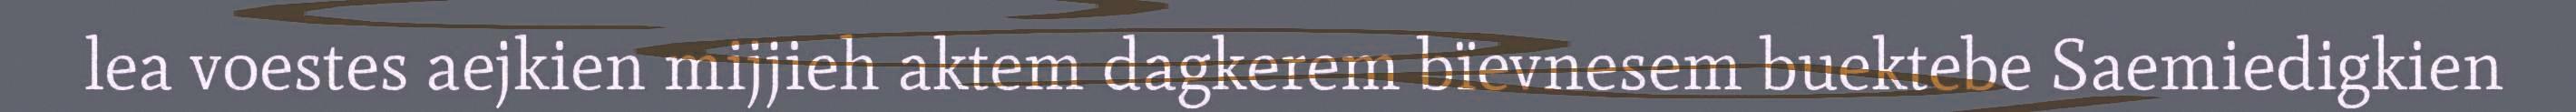
lea voestes aejkien mijjieh aktem dagkerem bïevnesem buektebe Saemiedigkien